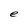
Character: e